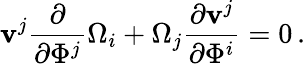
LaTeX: \mathbf{v}^{j}\frac{{\partial}}{{\partial\Phi^{j}}}\Omega_{i}+\Omega_{j}\frac{{\partial\mathbf{v}^{j}}}{{\partial\Phi^{i}}}=0\, .